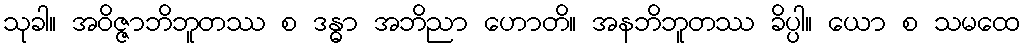
သုခါ။ အဝိဇ္ဇာဘိဘူတဿ စ ဒန္ဓာ အဘိညာ ဟောတိ။ အနဘိဘူတဿ ခိပ္ပါ။ ယော စ သမထေ